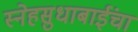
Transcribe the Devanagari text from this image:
स्नेहसुधाबाईंचा